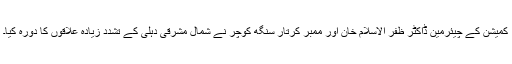
کمیشن کے چیئرمین ڈاکٹر ظفر الاسلام خان اور ممبر کرتار سنگھ کوچر نے شمال مشرقی دہلی کے تشدد زیادہ علاقوں کا دورہ کیا۔